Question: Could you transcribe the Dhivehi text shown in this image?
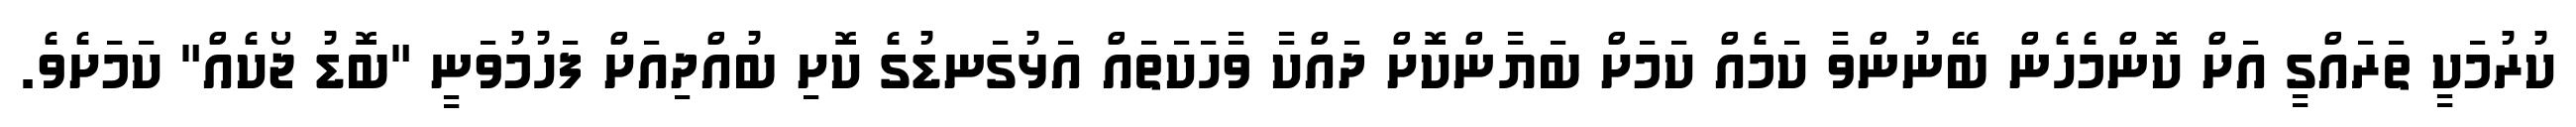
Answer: ކުރުމަކީ ތަރައްގީ އަށް ކޮންމެހެން ބޭނުންވާ ކަމެއް ކަމަށް ބަޔާންކޮށް ދައްކާ ވާހަކަތައް އަޅުގަނޑުގެ ކޮށި ބުއްދިއަށް ފަހުމުވަނީ "ބޮޑު ޖޯކެއް" ކަމަށެވެ.